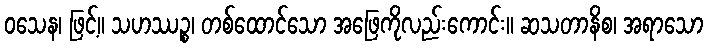
ဝသေန၊ ဖြင့်။ သဟဿဉ္စ၊ တစ်ထောင်သော အဖြေကိုလည်းကောင်း။ ဆသတာနိစ၊ အရာသော